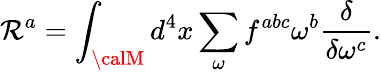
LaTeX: {\cal\mathcal{R}}^{a}=\int_{\calM}d^{4}x\sum_{\omega}f^{abc}\omega^{b}\frac{{\delta}}{{\delta\omega^{c}}}.